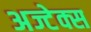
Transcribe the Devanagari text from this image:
अज्टेक्स